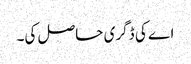
اے کی ڈگری حاصل کی۔